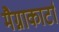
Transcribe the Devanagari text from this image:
मैग्नाकार्टा